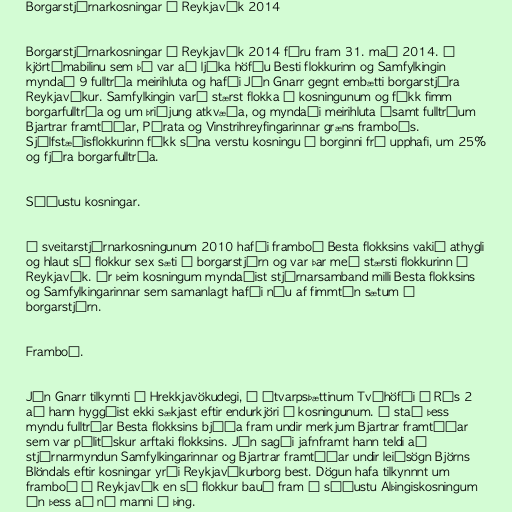
Borgarstjórnarkosningar í Reykjavík 2014

Borgarstjórnarkosningar í Reykjavík 2014 fóru fram 31. maí 2014. Á
kjörtímabilinu sem þá var að ljúka höfðu Besti flokkurinn og Samfylkingin
myndað 9 fulltrúa meirihluta og hafði Jón Gnarr gegnt embætti borgarstjóra
Reykjavíkur. Samfylkingin varð stærst flokka í kosningunum og fékk fimm
borgarfulltrúa og um þriðjung atkvæða, og myndaði meirihluta ásamt fulltrúum
Bjartrar framtíðar, Pírata og Vinstrihreyfingarinnar græns framboðs.
Sjálfstæðisflokkurinn fékk sína verstu kosningu í borginni frá upphafi, um 25%
og fjóra borgarfulltrúa.

Síðustu kosningar.

Í sveitarstjórnarkosningunum 2010 hafði framboð Besta flokksins vakið athygli
og hlaut sá flokkur sex sæti í borgarstjórn og var þar með stærsti flokkurinn í
Reykjavík. Úr þeim kosningum myndaðist stjórnarsamband milli Besta flokksins
og Samfylkingarinnar sem samanlagt hafði níu af fimmtán sætum í
borgarstjórn.

Framboð.

Jón Gnarr tilkynnti á Hrekkjavökudegi, í útvarpsþættinum Tvíhöfði á Rás 2
að hann hyggðist ekki sækjast eftir endurkjöri í kosningunum. Í stað þess
myndu fulltrúar Besta flokksins bjóða fram undir merkjum Bjartrar framtíðar
sem var pólitískur arftaki flokksins. Jón sagði jafnframt hann teldi að
stjórnarmyndun Samfylkingarinnar og Bjartrar framtíðar undir leiðsögn Björns
Blöndals eftir kosningar yrði Reykjavíkurborg best. Dögun hafa tilkynnnt um
framboð í Reykjavík en sá flokkur bauð fram í síðustu Alþingiskosningum
án þess að ná manni á þing.